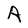
Character: A